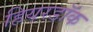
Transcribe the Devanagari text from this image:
हियरडॉक